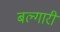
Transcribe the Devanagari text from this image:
बल्गारी